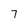
Character: 7